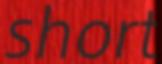
short